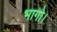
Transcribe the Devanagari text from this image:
भागो।